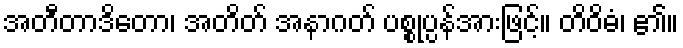
အတီတာဒိတော၊ အတိတ် အနာဂတ် ပစ္စုပ္ပန်အားဖြင့်။ တိဝိဓံ၊ ၏။